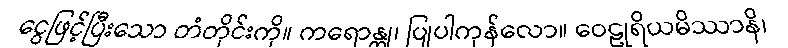
ငွေဖြင့်ပြီးသော တံတိုင်းကို။ ကရောန္တု၊ ပြုပါကုန်လော။ ဝေဠုရိယမိဿာနိ၊